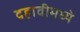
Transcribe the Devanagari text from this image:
दहावीमध्ये